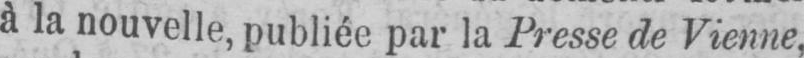
à la nouvelle, publiée par la Presse de Vienne,